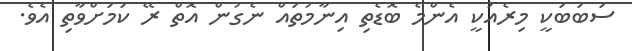
ސަބަބަކީ މިރެއަކީ އެންމެ ބޮޑެތި އިނާމުތައް ނެގުން އޮތް ރޭ ކަމަށްވާތި އެވެ.